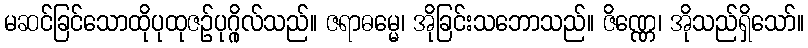
မဆင်ခြင်သောထိုပုထုဇဉ်ပုဂ္ဂိုလ်သည်။ ဇရာဓမ္မေ၊ အိုခြင်းသဘောသည်။ ဇိဏ္ဏေ၊ အိုသည်ရှိသော်။